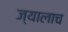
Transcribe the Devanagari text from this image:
ज्यालाच